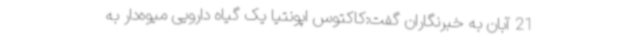
21 آبان به خبرنگاران گفت:کاکتوس اپونتیا یک گیاه دارویی میوه‌دار به